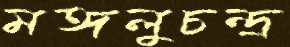
মঙ্গলুচন্দ্র